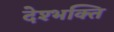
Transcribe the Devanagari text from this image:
देश्भक्ति